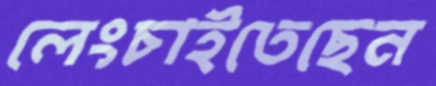
লেংচাইতেছেন